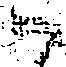
御